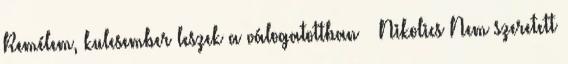
Remélem, kulcsember leszek a válogatottban – Nikolics Nem szeretett